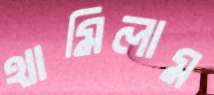
থামিলাম